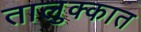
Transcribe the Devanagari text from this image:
तालुक्कात